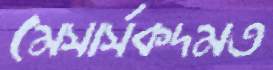
মেসার্সকদমত